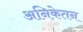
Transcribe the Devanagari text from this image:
अनिकेतन